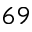
6 9